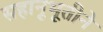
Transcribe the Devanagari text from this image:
सहानूभूतीने